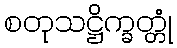
စတုသဋ္ဌိက္ခတ္တုံ